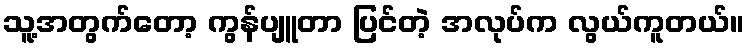
သူ့အတွက်တော့ ကွန်ပျူတာ ပြင်တဲ့ အလုပ်က လွယ်ကူတယ်။